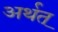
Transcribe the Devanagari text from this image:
अर्थत्